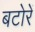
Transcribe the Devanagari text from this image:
बटोरें